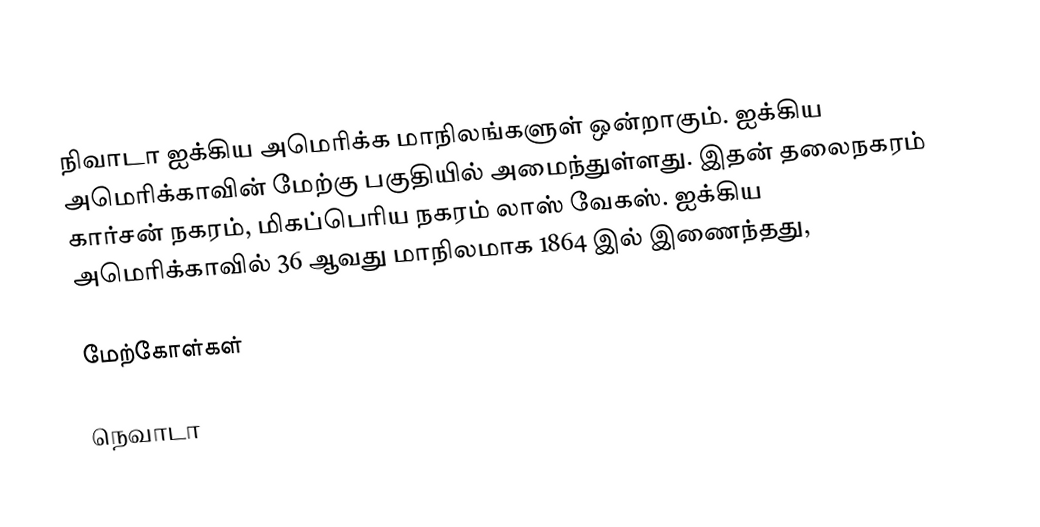
நிவாடா ஐக்கிய அமெரிக்க மாநிலங்களுள் ஒன்றாகும். ஐக்கிய அமெரிக்காவின் மேற்கு பகுதியில் அமைந்துள்ளது. இதன் தலைநகரம் கார்சன் நகரம், மிகப்பெரிய நகரம் லாஸ் வேகஸ். ஐக்கிய அமெரிக்காவில் 36 ஆவது மாநிலமாக 1864 இல் இணைந்தது,

மேற்கோள்கள்

நெவாடா